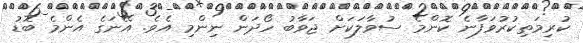
ކުރިމަތިކުރުވަފާނެ ކޮންމެ ސުވާލަކަށް ޖަވާބު ހޯދަން ނިންމި އެވެ. އޭނަގެ އެންމެ ބޮޑު